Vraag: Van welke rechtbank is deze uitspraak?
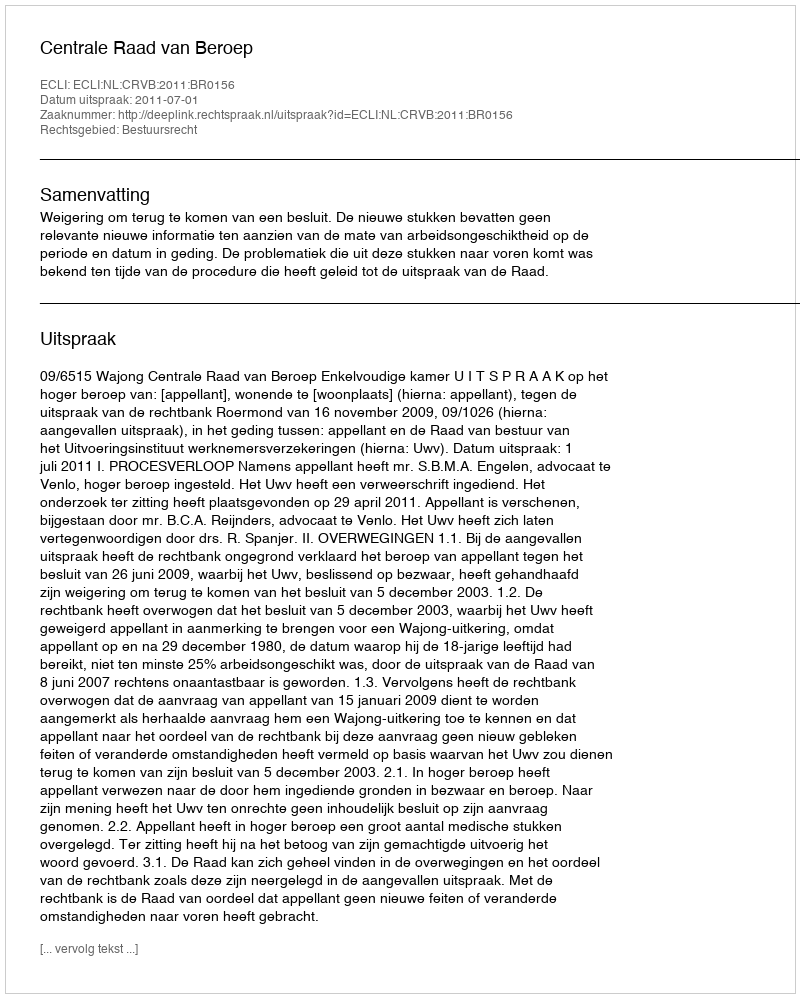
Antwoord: Centrale Raad van Beroep